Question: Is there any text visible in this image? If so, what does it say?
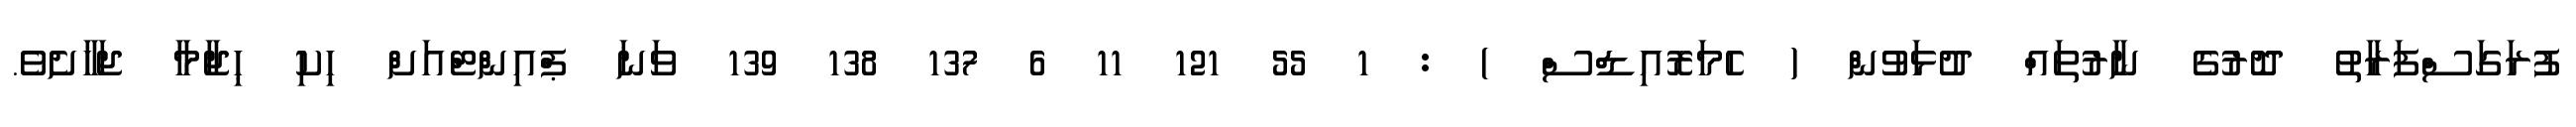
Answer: ފުރަގަސްފަރާތު ދޮރުގެ ނާރުތައް ދުޅަވުން ( ހެމަރޮއިޑްސް ) : 1 55 121 11 6 137 138 139 ވަނަ ޕްއިންޓްއަށް ހިކި ޙިޖާމާ ޖަހާށެވެ.